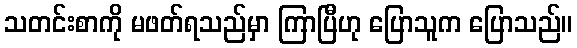
သတင်းစာကို မဖတ်ရသည်မှာ ကြာပြီဟု ပြောသူက ပြောသည်။